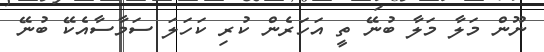
ނޫން މަލާ މަލާ ބުނޭ ތީ އަހަރެން ކުރި ކަހަލަ ސަމާސާއެކޭ ބުނޭ